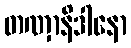
တဏှာနိဒါနော